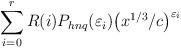
LaTeX: \begin{align*}\sum^r_{i=0}R(i) P_{hnq}(\varepsilon_i)\bigl(x^{1/3}/c\bigr)^{\varepsilon_i}\end{align*}